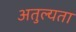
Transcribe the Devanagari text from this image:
अतुल्यता